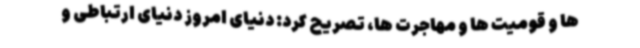
ها و قومیت ها و مهاجرت ها، تصریح کرد: دنیای امروز دنیای ارتباطی و